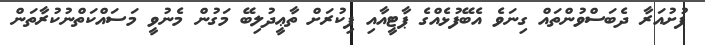
ފުށުއަރާ ދެބަސްވުންތައް ގިނަވެ އެބޭފުޅެއްގެ ޕާޓީއާއި ފިކުރަށް ތާޢީދުލިބޭ މަގުން މެނުވީ މަސައްކަތްނުކުރާތަން